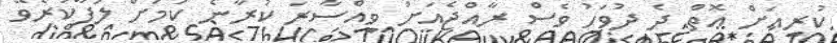
ކުރިއަށް އޮތް ދެ ދުވަހު ވެސް ރާއްޖެއަށް ވިއްސާރަ ކުރާނެ ކަމަށް ލަފާކުރެވޭ